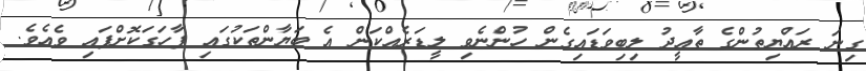
ގިނަ ރައްޔިތުންގެ ތާއީދު ލިބިވަޑައިގެން ހުންނެވި ލީޑަރެއްކަން އެ ބަޔާންތަކުގައި ފާހަގަކޮށްފައި ވެއެވެ.